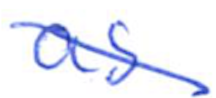
Text: as
Cross-out: diagonal
Writing tool: ballpoint